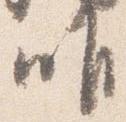
唯